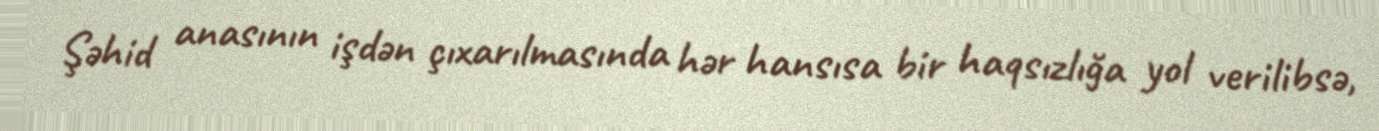
Şəhid anasının işdən çıxarılmasında hər hansısa bir haqsızlığa yol verilibsə,